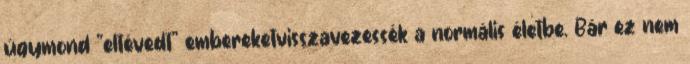
úgymond "eltévedt" embereketvisszavezessék a normális életbe. Bár ez nem